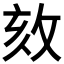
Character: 𢼵